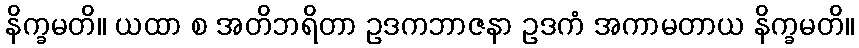
နိက္ခမတိ။ ယထာ စ အတိဘရိတာ ဥဒကဘာဇနာ ဥဒကံ အကာမတာယ နိက္ခမတိ။